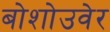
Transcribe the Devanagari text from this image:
बोशोउवेर